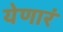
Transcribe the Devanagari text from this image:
येणारं